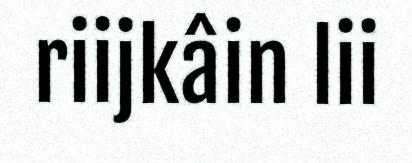
riijkâin lii